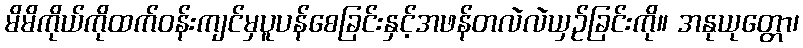
မိမိကိုယ်ကိုထက်ဝန်းကျင်မှပူပန်စေခြင်းနှင့်အဖန်တလဲလဲယှဉ်ခြင်းကို။ အနုယုတ္တော၊